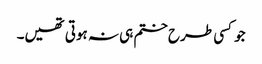
جو کسی طرح ختم ہی نہ ہوتی تھیں۔